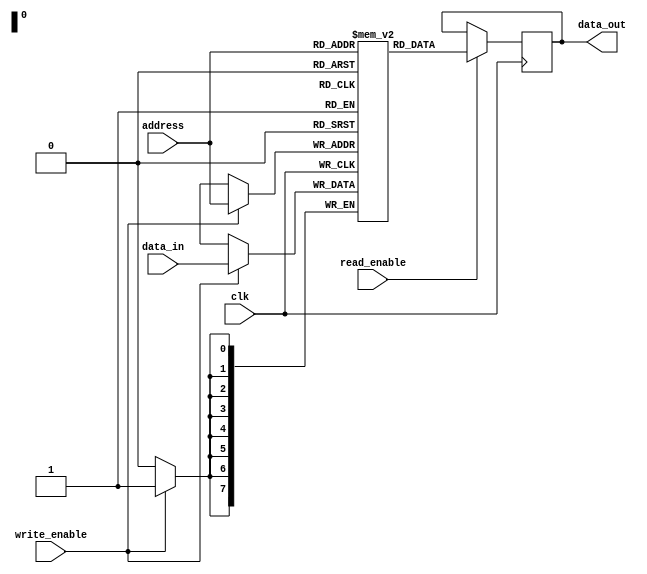
module sram (
    input wire clk,
    input wire write_enable,
    input wire read_enable,
    input wire [7:0] address,
    input wire [7:0] data_in,
    output reg [7:0] data_out
);

reg [7:0] memory [0:255]; // 256 memory cells

always @(posedge clk) begin
    if (write_enable) begin
        memory[address] <= data_in;
    end
    if (read_enable) begin
        data_out <= memory[address];
    end
end

endmodule